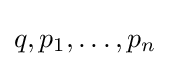
q,p_{1},\ldots ,p_{n}